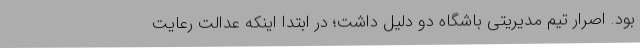
بود. اصرار تیم مدیریتی باشگاه دو دلیل داشت؛ در ابتدا اینکه عدالت رعایت